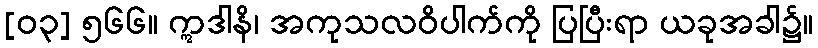
[၀၃] ၅၆၆။ ဣဒါနိ၊ အကုသလဝိပါက်ကို ပြပြီးရာ ယခုအခါ၌။